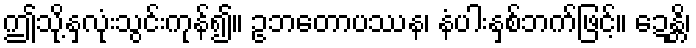
ဤသို့နှလုံးသွင်းကုန်၍။ ဥဘတောပဿန၊ နံပါးနှစ်ဘက်ဖြင့်။ ဍေန္တိ၊